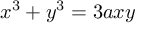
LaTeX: x ^ { 3 } + y ^ { 3 } = 3 a x y